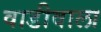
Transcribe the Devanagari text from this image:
वाडीवाला